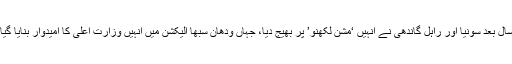
تین سال بعد سونیا اور راہل گاندھی نے انہیں ‘مشن لکھنو’ پر بھیج دیا، جہاں ودھان سبھا الیکشن میں انہیں وزارت اعلیٰ کا امیدوار بنایا گیا تھا۔